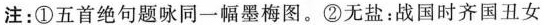
注：①五首绝句题咏同一幅墨梅图。②无盐：战国时齐国丑女